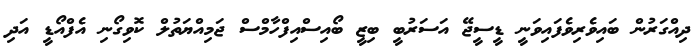
ދިއްގަރުން ބައިވެރިވެފައިވަނީ ޑީސީޖޭ އަސަރުބީ ބިޒީ ބޯއިސްއިފްހާމްސް ޖަމިއްޔަތުލް ކޮވިގޯނި އެފްއޯޑީ އަދި